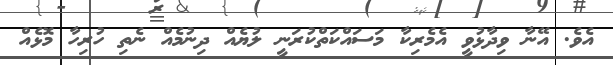
އެވެ. އޭނާ ވިދާޅުވީ އެމެރިކާ މަސައްކަތްކުރަނީ ލުޔެއް ދިނުމެއް ނެތި ހުރިހާ މޮޅެއް